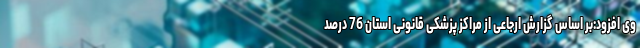
وی افزود:بر اساس گزارش ارجاعی از مراکز پزشکی قانونی استان 76 درصد